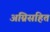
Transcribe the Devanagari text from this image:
अग्निसहित